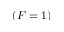
( F = 1 )